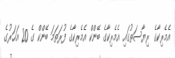
އެމެރިކާގެ ރިޔާސަތުގައި އެމެރިކާގެ ބޭންކް އެމެރިކާގެ ފުރަތަމަ ބޭންކް ގެ 20 އަހަރުގެ